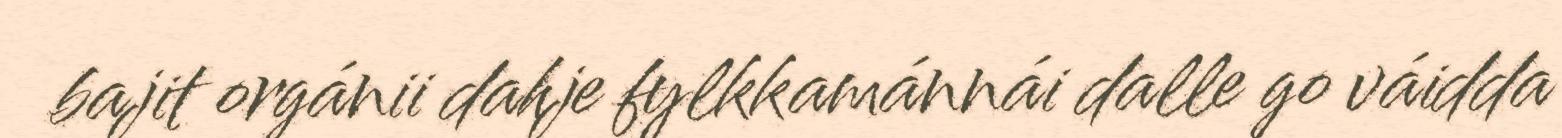
bajit orgánii dahje fylkkamánnái dalle go váidda